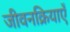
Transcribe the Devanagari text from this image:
जीवनक्रियाएँ